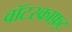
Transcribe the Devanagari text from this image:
वॉटरक्राफ़्ट